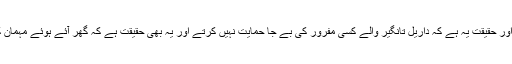
یہاں اس کا تذکرہ اس لیئے کہ حقیقت کو بیان کیا جائے اور حقیقت یہ ہے کہ داریل تانگیر والے کسی مفرور کی بے جا حمایت نہیں کرتے اور یہ بھی حقیقت ہے کہ گھر آئے ہوئے مہمان کی قدرو منزلت بھی ان کی عظیم روایات میں شامل ہے۔